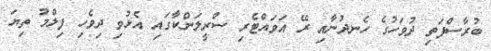
ބުރާސްފަތި ދުވަހުގެ ހެނދުނާއި ރޭ އަވައްޓެރި ސްރީލަންކާގައި އެޅުވި ދިވެހި ފިލްމު ތިޔަ